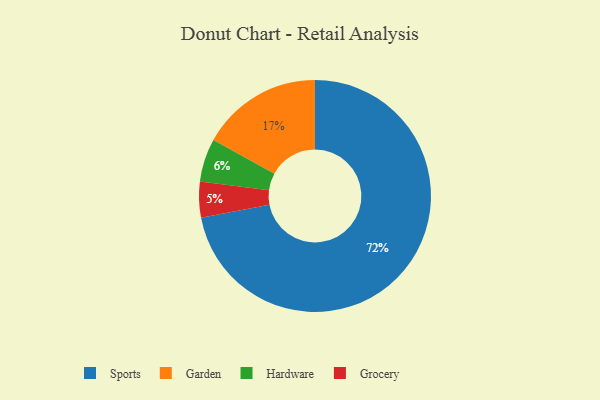
{"axis": {"x": "Category", "y": "Percentage"}, "legend": ["Garden", "Grocery", "Hardware", "Sports"], "data": [{"x": "Grocery", "y": 5, "type": "Grocery"}, {"x": "Garden", "y": 17, "type": "Garden"}, {"x": "Hardware", "y": 6, "type": "Hardware"}, {"x": "Sports", "y": 72, "type": "Sports"}]}